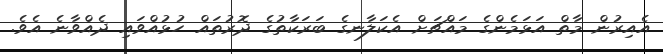
އެއިރުން މާތް އަޅަމެންގެ މައްޗަށް އެކަލާނގެ ބަރަކާތުގެ ދޮރުތައް ހުޅުއްވައި ދެއްވާނެ އެވެ.